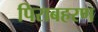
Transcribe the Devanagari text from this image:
पिराबहरण